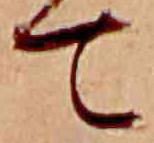
て